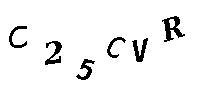
C25CVR